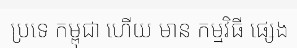
ប្រទេ កម្ពុជា ហើយ មាន កម្មវិធី ផ្សេង